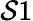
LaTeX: \mathcal{S}1